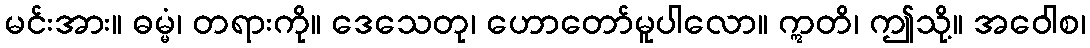
မင်းအား။ ဓမ္မံ၊ တရားကို။ ဒေသေတု၊ ဟောတော်မူပါလော။ ဣတိ၊ ဤသို့။ အဝေါစ၊